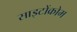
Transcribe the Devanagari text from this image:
साइटोंक्रोम